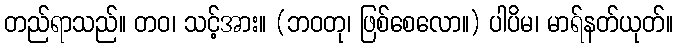
တည်ရာသည်။ တဝ၊ သင့်အား။ (ဘဝတု၊ ဖြစ်စေလော။) ပါပိမ၊ မာရ်နတ်ယုတ်။